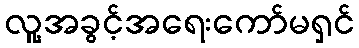
လူ့အခွင့်အရေးကော်မရှင်